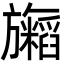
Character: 𬀢